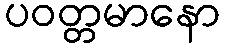
ပဝတ္တမာနော